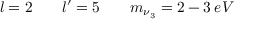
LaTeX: l = 2 \; \; \; \; \; \; \; l ^ { \prime } = 5 \; \; \; \; \; \; \; m _ { \nu _ { 3 } } = 2 - 3 \: e V